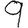
Digit: 9